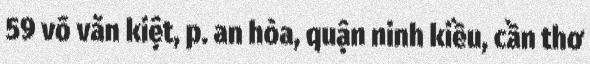
59 võ văn kiệt, p. an hòa, quận ninh kiều, cần thơ